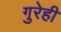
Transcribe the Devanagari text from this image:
गुरेही